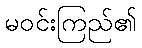
မဝင်းကြည်၏